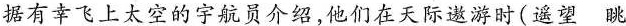
据有幸飞上太空的宇航员介绍，他们在天际遨游时(遥望 眺